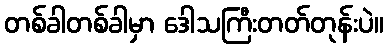
တစ်ခါတစ်ခါမှာ ဒေါသကြီးတတ်တုန်းပဲ။